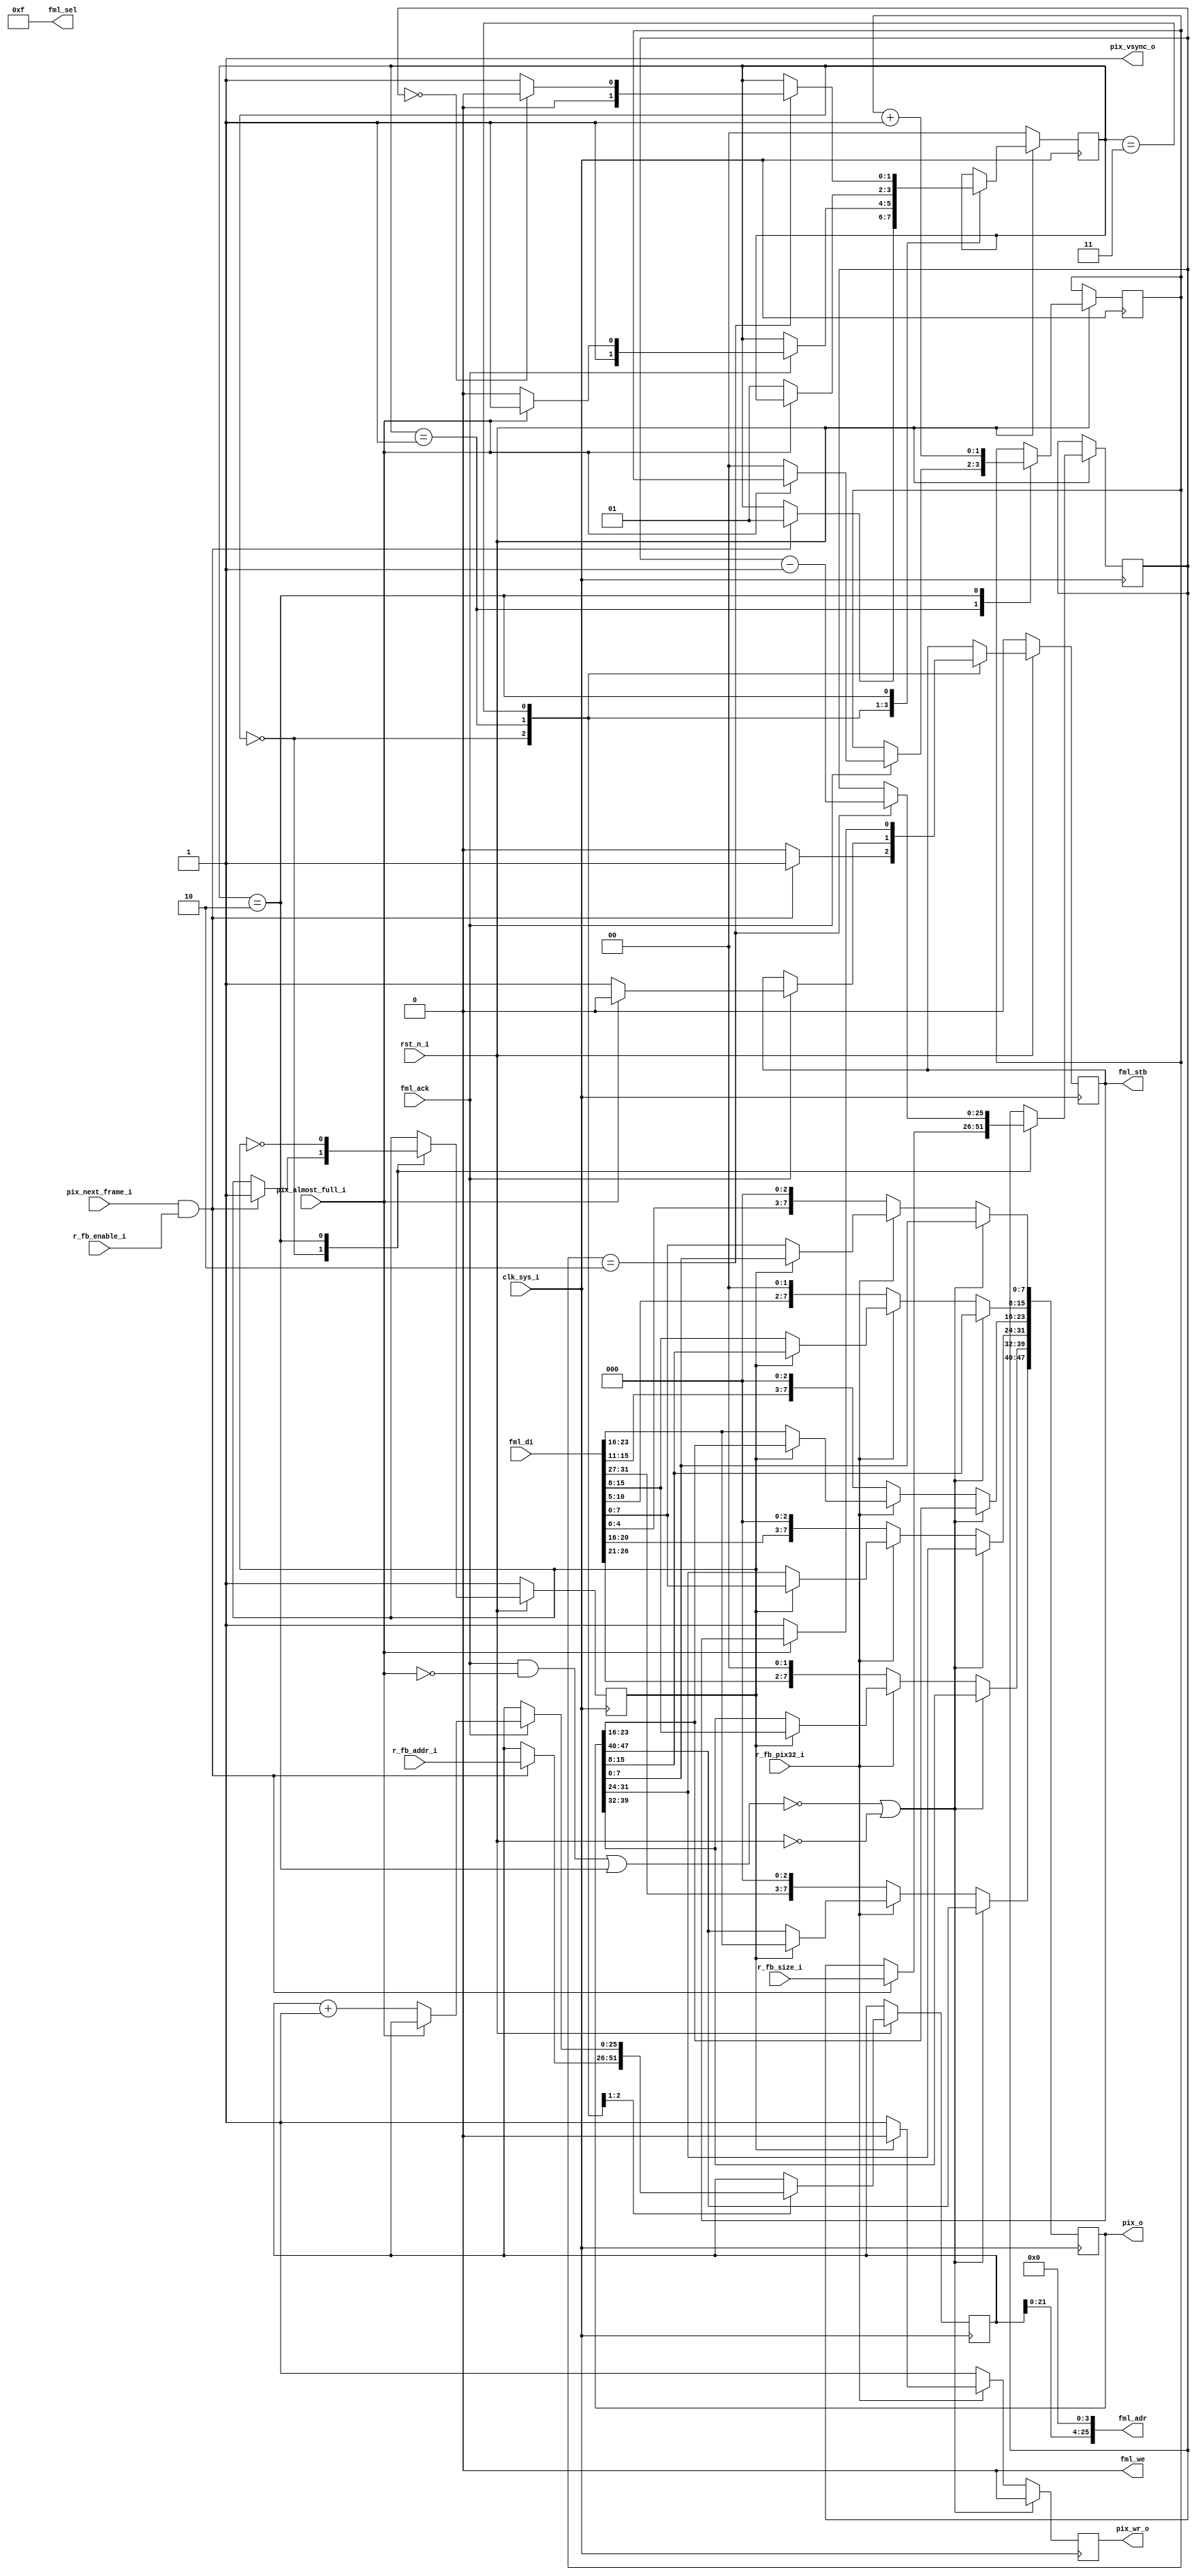
/* 
 * DSI Shield
 * Copyright (C) 2013-2014 twl <twlostow@printf.cc>
 *
 * This program is free software: you can redistribute it and/or modify
 * it under the terms of the GNU General Public License as published by
 * the Free Software Foundation, either version 3 of the License, or 
 * (at your option) any later version.

 * This program is distributed in the hope that it will be useful,
 * but WITHOUT ANY WARRANTY; without even the implied warranty of
 * MERCHANTABILITY or FITNESS FOR A PARTICULAR PURPOSE.  See the
 * GNU General Public License for more details.

 * You should have received a copy of the GNU General Public License
 * along with this program.  If not, see <http://www.gnu.org/licenses/>.
 */


/* framebuffer.v - a simple video framebuffer compatible with
 the FML SDRAM bus and DSI Core's FIFO interface. Also hosts a bunch of
 other control registers. */

`timescale 1ns/1ps

`define REG_CTL 0
`define REG_FB_ADDR 4
`define REG_FB_SIZE 8
`define REG_MIXCTL 12
`define REG_EDID_CTL 16
`define REG_PLL_STATUS 20
`define REG_PLL_CONFIG 24
`define REG_PWM_CONFIG 28

module fml_framebuffer  
  #(
    parameter g_fml_depth = 26
    ) ( 
	input 			 clk_sys_i,
	input 			 rst_n_i,

  
	input 			 pix_almost_full_i,
	output reg 		 pix_wr_o,
	output reg [47:0] 	 pix_o,
	output 			 pix_vsync_o,
	input 			 pix_next_frame_i,

	output [g_fml_depth-1:0] fml_adr,
	output reg 		 fml_stb,
	output 			 fml_we,
	output [3:0] 		 fml_sel,
	input [31:0] 		 fml_di,
	input 			 fml_ack,

	input 			 r_fb_enable_i,
	input 			 r_fb_pix32_i,
	input [g_fml_depth-1:0]  r_fb_addr_i,
	input [g_fml_depth-1:0]  r_fb_size_i
	);

   
   
   reg [g_fml_depth-1:0] 	 pix_count, pix_addr;

   reg 				 even_pixel;
   wire 			 xfer_valid;
   
   
   always@(posedge clk_sys_i)
     if(!xfer_valid || !rst_n_i)
       pix_wr_o <= 0;
     else begin
	if(!r_fb_pix32_i) begin // 16bit color
           pix_o[47:40] <= { fml_di[31:27], 3'h0 };
           pix_o[39:32] <= { fml_di[26:21], 2'h0 };
           pix_o[31:24] <= { fml_di[20:16], 3'h0 };
           pix_o[23:16] <= { fml_di[15:11], 3'h0 };
           pix_o[15:8] <= { fml_di[10:5], 2'h0 };
           pix_o[7:0] <= { fml_di[4:0], 3'h0 };
           pix_wr_o <= 1;
        end else begin
           if(even_pixel) begin
              pix_o[47:24] <= fml_di[23:0];
              pix_wr_o <= 0;
           end else begin
              pix_o[23:0] <= fml_di[23:0];
              pix_wr_o <= 1;
           end
        end // else: !if(!r_pix32)
     end // else: !if(!xfer_valid || !rst_n_i)

`define ST_WAIT_VSYNC 0
`define ST_START_BURST 1
`define ST_XFER_DATA  2
`define ST_FIFO_FULL 3
   
   reg[1:0] state;
   reg [1:0] cnt;

   assign fml_sel = 4'hf;
   assign fml_we = 1'b0;
   assign fml_adr = { pix_addr, 4'b0 }; // 16 bytes per burst
   
   always@(posedge clk_sys_i)
     begin
	if(!rst_n_i)
          begin
             fml_stb <= 0;
             state <= `ST_WAIT_VSYNC;
             even_pixel <= 1;
             
          end else begin
             case (state)
               `ST_WAIT_VSYNC: if (pix_next_frame_i && r_fb_enable_i)
                 begin
                    pix_count <= r_fb_size_i;
                    pix_addr <= r_fb_addr_i;
                    state <= `ST_START_BURST;
                    even_pixel <= 1;
                    fml_stb <= 1;
                 end else
                   fml_stb <= 0;

               `ST_START_BURST:

		 if(fml_ack)
                   begin
                      if(!pix_almost_full_i) begin
                         pix_addr <= pix_addr + 1;
                         fml_stb <= 1;
                         state <= `ST_XFER_DATA;
                         cnt <= 0;
                      end else begin
                         fml_stb <= 0;
                         state <= `ST_FIFO_FULL;
                      end
                      
                   end 

               `ST_FIFO_FULL: begin
                  if(!pix_almost_full_i) begin
                     fml_stb <= 1;
                     state <= `ST_START_BURST;
                  end
               end
               
               `ST_XFER_DATA: begin
                  if(cnt == 2)
                    begin
                       pix_count <= pix_count - 1;
                       if(pix_count == 0)
			 state <= `ST_WAIT_VSYNC;
                       else
			 state <= `ST_START_BURST;
                    end
                  cnt <= cnt + 1;
                  even_pixel <= ~even_pixel;
               end // case: `ST_XFER_DATA
             endcase // case (state)
          end
     end

   assign xfer_valid = ( (fml_ack & ~pix_almost_full_i ) | (state == `ST_XFER_DATA));

   assign pix_vsync_o = 1;
   
endmodule // fml_framebuffer